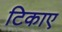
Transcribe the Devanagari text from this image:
टिकाए